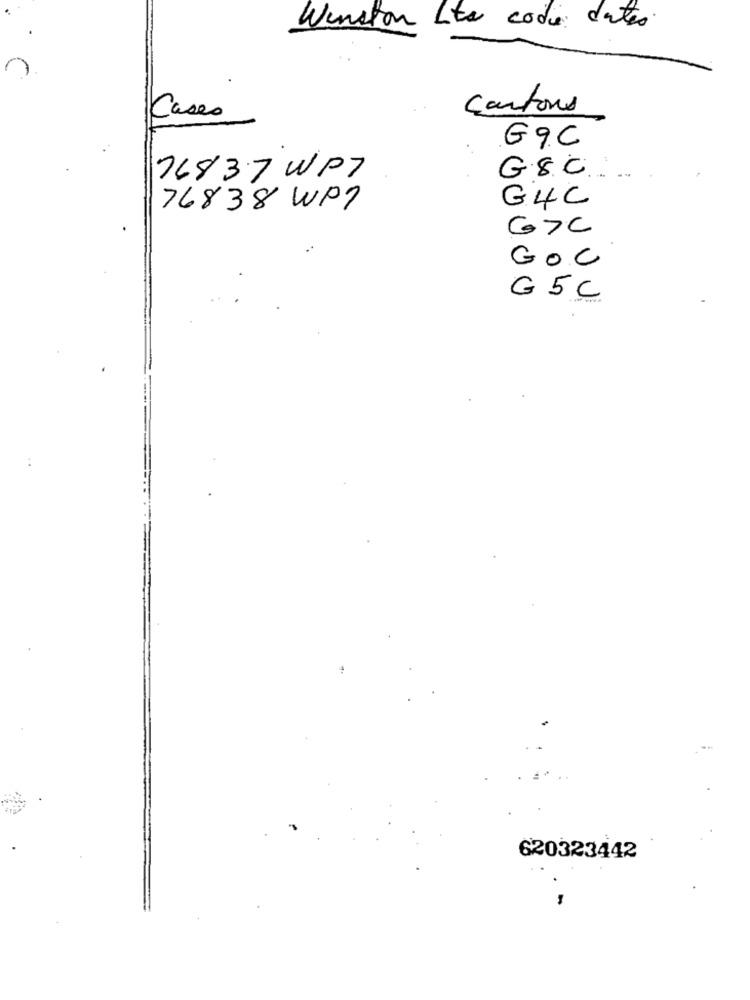
Winston Lito code dates.
cartons
Cases
G9C
G8℃
76837WPT
76838 WP7
G4C
G>C
GOC
G5C
620323442